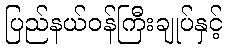
ပြည်နယ်ဝန်ကြီးချုပ်နှင့်